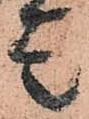
走